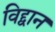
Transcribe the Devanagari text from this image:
विद्द्वान